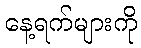
နေ့ရက်များကို